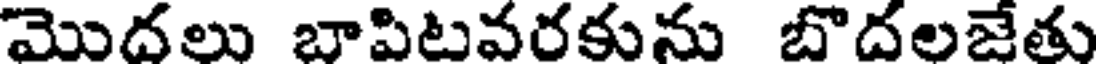
మొదలు బాపిటవరకును బొదలజేతు